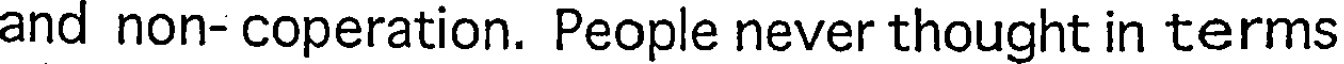
and non- coperation. People never thought in terms